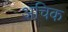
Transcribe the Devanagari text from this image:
अचिक